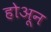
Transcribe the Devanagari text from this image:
होअून